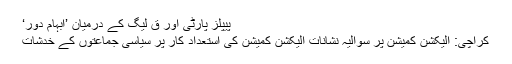
پیپلز پارٹی اور ق لیگ کے درمیان ’ابہام دور‘
کراچی: الیکشن کمیشن پر سوالیہ نشانات الیکشن کمیشن کی استعداد کار پر سیاسی جماعتوں کے خدشات